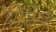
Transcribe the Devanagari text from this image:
सिंविर्स्क